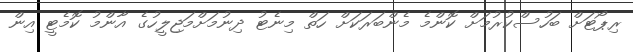
ރިޕޯޓަށް ބަހުސްކުރުމަށް ކޮންމެ މެންބަރަކަށް ހަތް މިނެޓު ދިނުމަށްމަޖިލީހުގެ އާންމު ކޮމެޓީ އިން